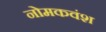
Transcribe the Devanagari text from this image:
नोमकवंश